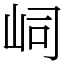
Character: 㟃